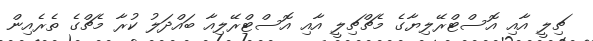
ޗިލީ އާއި އޮސްޓްރޭލިޔާގެ މެޗްޗިލީ އާއި އޮސްޓްރޭލިއާ ބައްދަލު ކުރާ މެޗްގެ ތެރެއިން